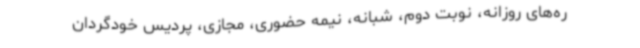
ره‌های روزانه، نوبت دوم، شبانه، نیمه حضوری، مجازی، پردیس خودگردان